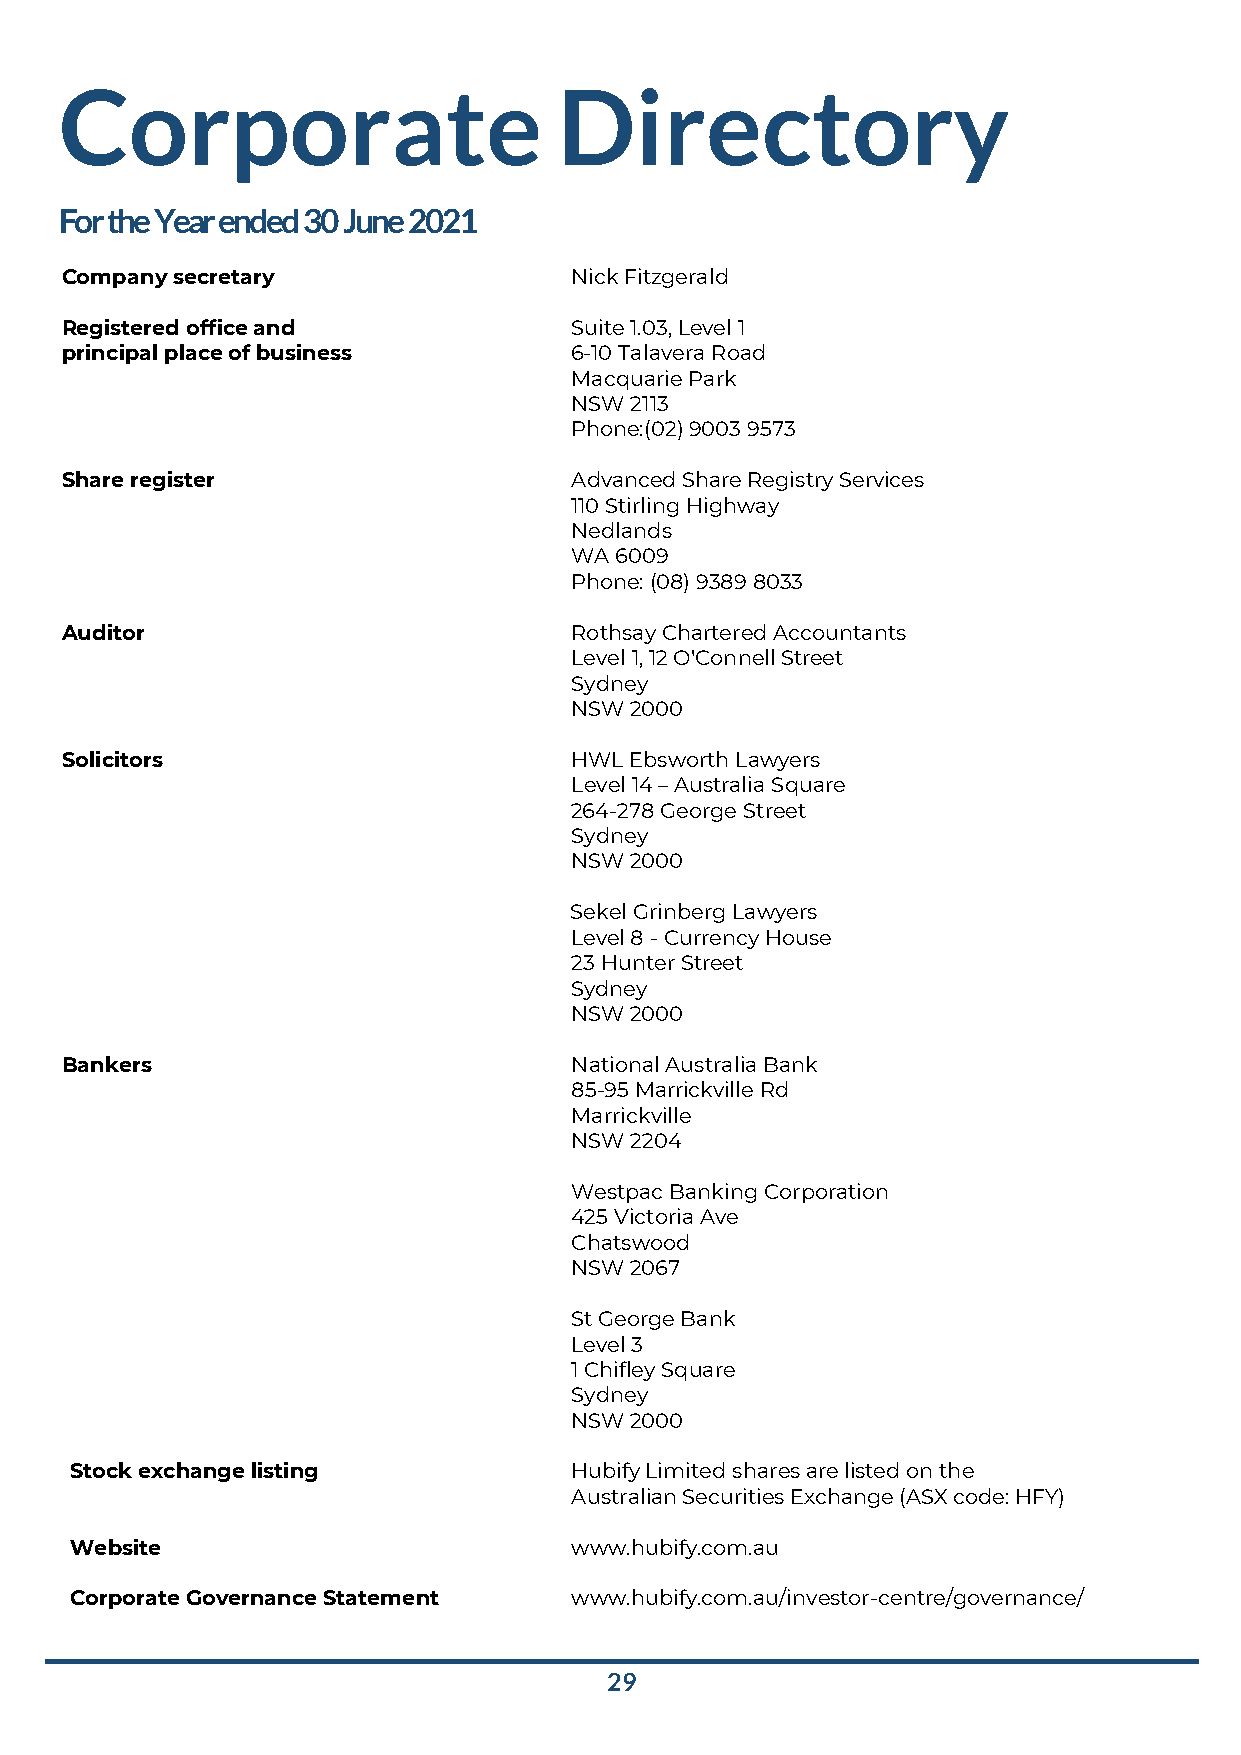
Corporate                        Directory
 For the Year ended 30 June 2021
 Company secretary                 Nick Fitzgerald
 Registered office and             Suite 1.03, Level 1
 principal place of business       6-10 Talavera Road
 Macquarie Park
 NSW 2113
 Phone:(02) 9003 9573
 Share register                    Advanced Share Registry Services
 110 Stirling Highway
 Nedlands
 WA 6009
 Phone: (08) 9389 8033
 Auditor                           Rothsay Chartered Accountants
 Level 1, 12 O'Connell Street
 Sydney
 NSW 2000
 Solicitors                        HWL Ebsworth Lawyers
 Level 14 – Australia Square
 264-278 George Street
 Sydney
 NSW 2000
 Sekel Grinberg Lawyers
 Level 8 - Currency House
 23 Hunter Street
 Sydney
 NSW 2000
 Bankers                           National Australia Bank
 85-95 Marrickville Rd
 Marrickville
 NSW 2204
 Westpac Banking Corporation
 425 Victoria Ave
 Chatswood
 NSW 2067
 St George Bank
 Level 3
 1 Chifley Square
 Sydney
 NSW 2000
 Stock exchange listing           Hubify Limited shares are listed on the
 Australian Securities Exchange (ASX code: HFY)
 Website                          www.hubify.com.au
 Corporate Governance Statement   www.hubify.com.au/investor-centre/governance/
 29